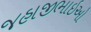
જહાજીભાઇઓ